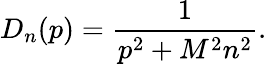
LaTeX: D_{n}(p)=\frac 1{p^{2}+M^{2}n^{2}}.